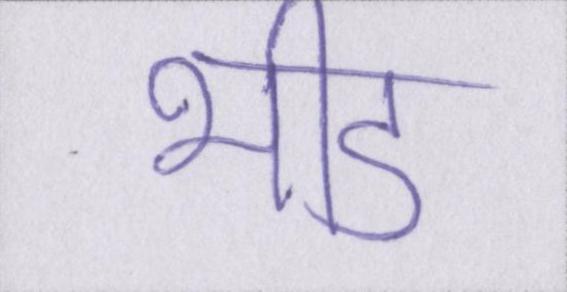
भीड